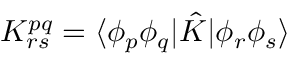
K _ { r s } ^ { p q } = \langle \phi _ { p } \phi _ { q } | \hat { K } | \phi _ { r } \phi _ { s } \rangle